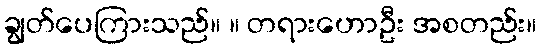
ချွတ်ပေကြားသည်။ ။ တရားဟောဦး အစတည်း။